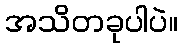
အသိတခုပါပဲ။